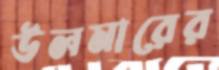
উলমারের